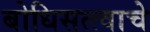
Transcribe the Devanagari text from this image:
बोधिसत्त्वाचे